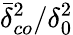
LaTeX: \bar{\delta}_{co}^{2}/\delta_{0}^{2}